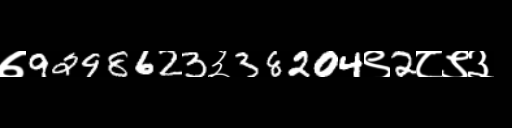
Text: ७9298623३38204९2८९३